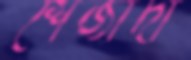
শেজাদা